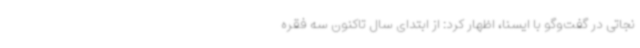
نجاتی در گفت‌وگو با ایسنا، اظهار کرد: از ابتدای سال تاکنون سه فقره